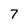
Character: 7